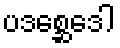
ပဒစ္ဆေဒေါ